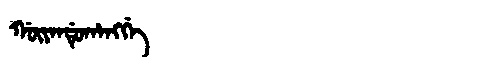
Manchu: ᡤᡡᠶᠠᠨᡩᡠᡥᠠᠩᡤᡝ
Romanization: GŪYANDUHANGGE